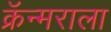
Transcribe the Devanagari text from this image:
क्रॅन्मराला